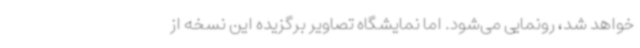
خواهد شد، رونمایی می‌شود. اما نمایشگاه تصاویر برگزیده این نسخه از